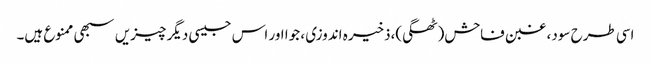
اسی طرح سود، غبن فاحش(ٹھگی)،ذخیرہ اندوزی ، جوا اور اس جیسی دیگر چیزیں سبھی ممنوع ہیں۔